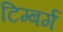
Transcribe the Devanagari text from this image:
टिम्बर्ग